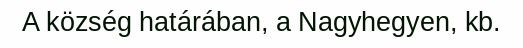
A község határában, a Nagyhegyen, kb.